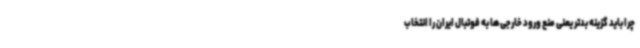
چرا باید گزینه بدتر یعنی منع ورود خارجی‌ها به فوتبال ایران را انتخاب